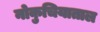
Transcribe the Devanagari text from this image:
नोकुचियाताल